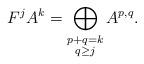
LaTeX: \begin{align*}F^j A^k = \bigoplus_{\substack{p+q=k \\ q \geq j}} A^{p,q}.\end{align*}